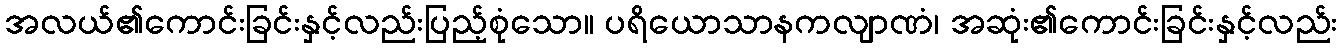
အလယ်၏ကောင်းခြင်းနှင့်လည်းပြည့်စုံသော။ ပရိယောသာနကလျာဏံ၊ အဆုံး၏ကောင်းခြင်းနှင့်လည်း